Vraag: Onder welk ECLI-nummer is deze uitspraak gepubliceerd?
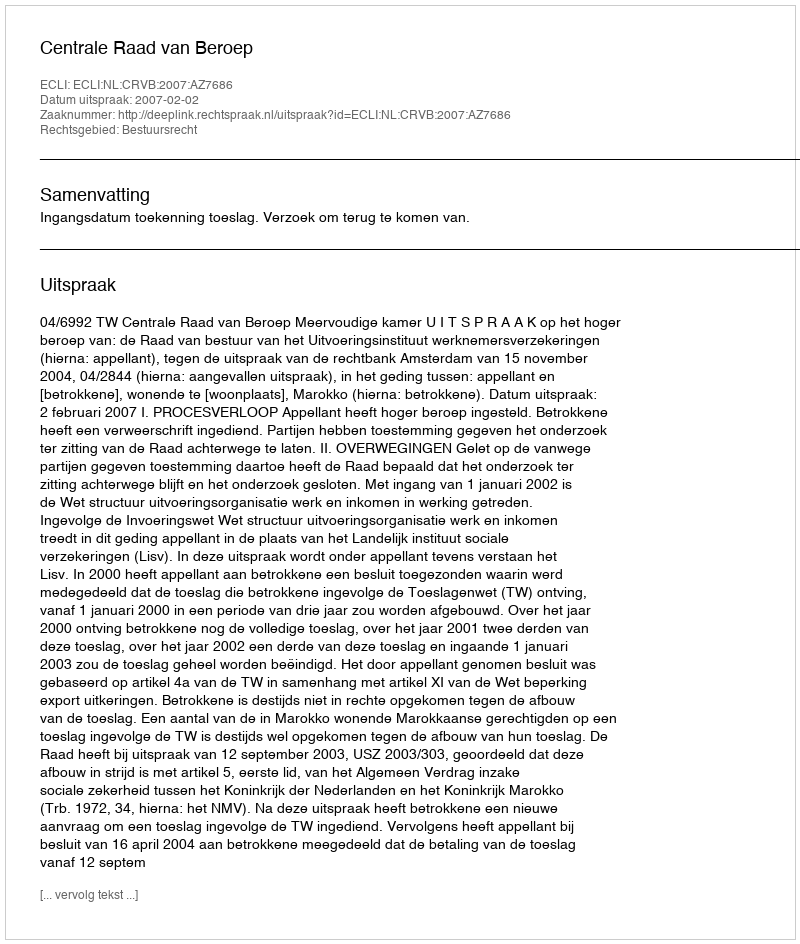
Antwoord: ECLI:NL:CRVB:2007:AZ7686